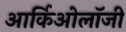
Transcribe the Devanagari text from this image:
आर्किओलॉजी